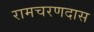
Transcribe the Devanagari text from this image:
रामचरणदास